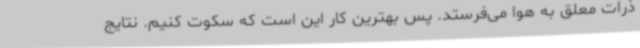
ذرات معلق به هوا می‌فرستد. پس بهترین کار این است که سکوت کنیم. نتایج